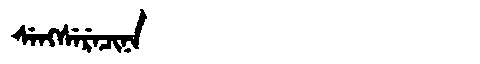
Manchu: ᠰᡝᠩᠰᡝᡵᡝᠴᡳᠨᠠ
Romanization: SENGSERECINA